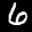
Label: 6